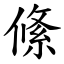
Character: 絛